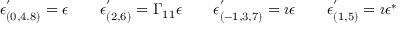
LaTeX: \epsilon _ { ( 0 , 4 . 8 ) } ^ { ' } = \epsilon \qquad \epsilon _ { ( 2 , 6 ) } ^ { ' } = \Gamma _ { 1 1 } \epsilon \qquad \epsilon _ { ( - 1 , 3 , 7 ) } ^ { ' } = \imath \epsilon \qquad \epsilon _ { ( 1 , 5 ) } ^ { ' } = \imath \epsilon ^ { \ast }